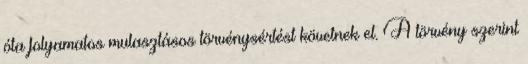
óta folyamatos mulasztásos törvénysértést követnek el. A törvény szerint